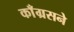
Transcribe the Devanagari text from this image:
काँग्रसने